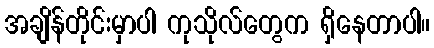
အချိန်တိုင်းမှာပါ ကုသိုလ်တွေက ရှိနေတာပါ။